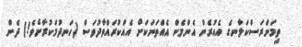
ތިމަންރަސްކަލާނގެ އެއުރެން އެންމެން އެއްތަނަކަށް އެއްކުރައްވާދުވަސް (ހަނދުމަކުރާށެވެ!) ދެން